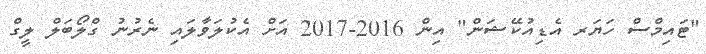
"ޓައިމްސް ހަޔަރ އެޑިއުކޭޝަން" އިން 2016-2017 އަށް އެކުލަވާލައި ނެރުނު ގްލޯބަލް ލީގް